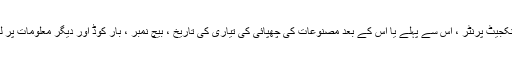
کنویر بیلٹ پر اختیاری انکجیٹ پرنٹر ، اس سے پہلے یا اس کے بعد مصنوعات کی چھپائی کی تیاری کی تاریخ ، بیچ نمبر ، بار کوڈ اور دیگر معلومات پر لیبلنگ لیبل لگ سکتا ہے۔